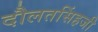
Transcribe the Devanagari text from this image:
दौलतसिंहजी